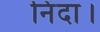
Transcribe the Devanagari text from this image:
निंदा।